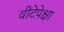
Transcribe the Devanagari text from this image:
वीटेपेक्षा